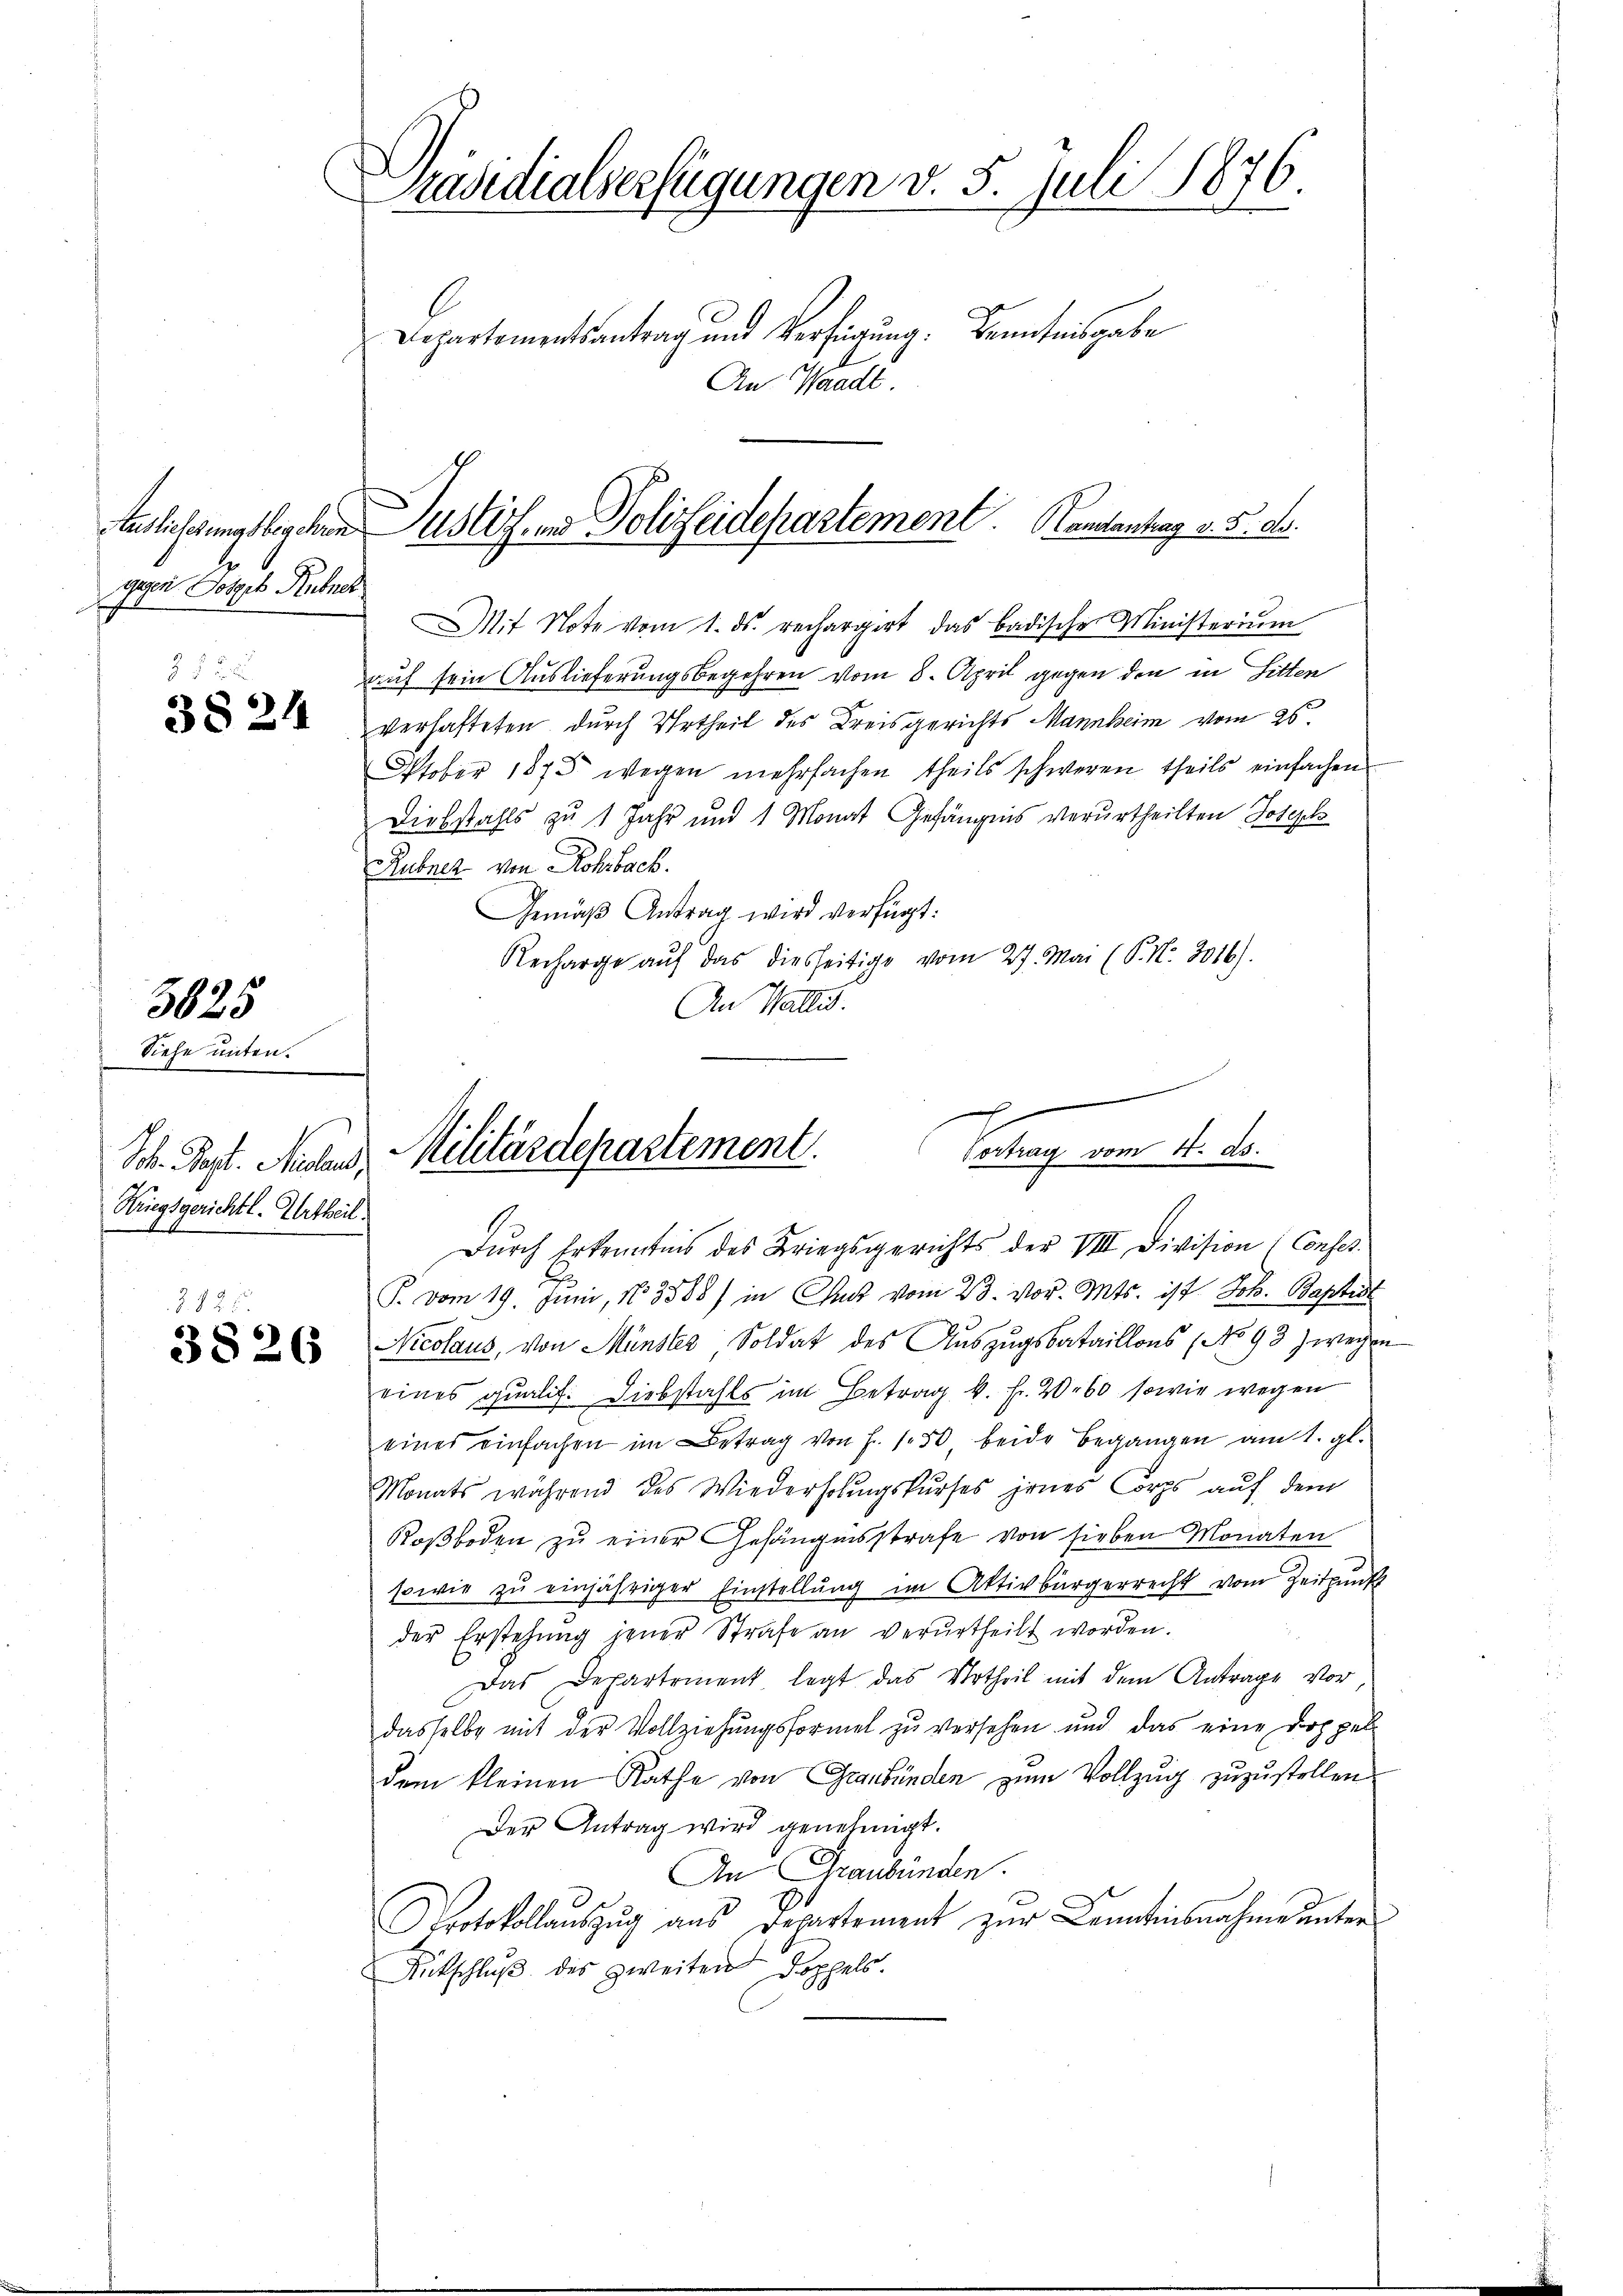
Auslieferungsbegehren
gegen Totgeb Ribner

212
3824

5625

Siehe unten.
Soh. Sept. Meland,
Kriegsgerichtl. Urtheil.

§. 125.
3826

Präsidialserfügungen v. 5. Juli 1876.
Departementsantrag und Verfügung. Kenntnisgabe
An Waadt

Mit Note vom 1. ds. rechargert das badische Ministerium
auf sein Auslieferungsbegehren vom 8. April gegen den in Litten
verhafteten durch Urtheil des Kreisgerichts Mannheim vom 25
Oktober 1875 wegen mehrfachen theils schweren theils einfachen
Diebstahls zu 1 Jahr und 1 Monat Gefängnis verurtheilten Joseph
Rubner von Rohrback.
Gemäβ Antrag wird verfügt:
Recharge auf das diesseitige vom 27. Mai (P. Nr. 2016).
An Wallis.

Justiz und Polizeidepartement. Landantrag v. 5. ds.

g
Cortrag vom 4. ds.
Militärdepartement.

Dŭrch Erkenntnis des Kriegsgerichts der VIII Division (Confes.
P. vom 19. Juni, N3588) in Chart vom 23. vor. Mts. ist Joh. Baptist
Nicolaus, von Münster Soldat des Auszugsbataillons (No 93 zweyen
eines qualit. Diebstahls im Betrag v. Fr. 2060 sowie wegen
eines einfachen im Betrag von H. 150 beide Begangen am 1. gl.
Monats während des Wiederholungskurses jenes Corps auf dem
Roßboden zu einer Gefängnisstrafe von sieben Monaten
sowie zu einjähriger Einstellung im Aktivbürgerrecht vom Zeitpunk
der Erstehung jener Strafe an verurtheilt worden.
Das Departement legt das Urtheil mit dem Antrage vor
dasselbe mit der Vollziehŭngsformel zŭ versehen und das eine Doppel-
dem kleinen Rathe von Graubünden zum Vollzug zuzustellen
Der Antrag wird genehmigt.
An Graubünden.
Protokollaŭszŭg aŭs Departement zŭr Kenntnisnahme unter
Antschluß des zweiten Doppels.